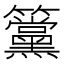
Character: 𥸈